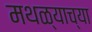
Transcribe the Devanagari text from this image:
मथळ्याच्या